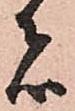
者